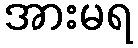
အားမရ